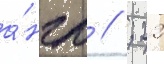
а́нгл // ; 22